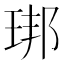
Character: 𱮿